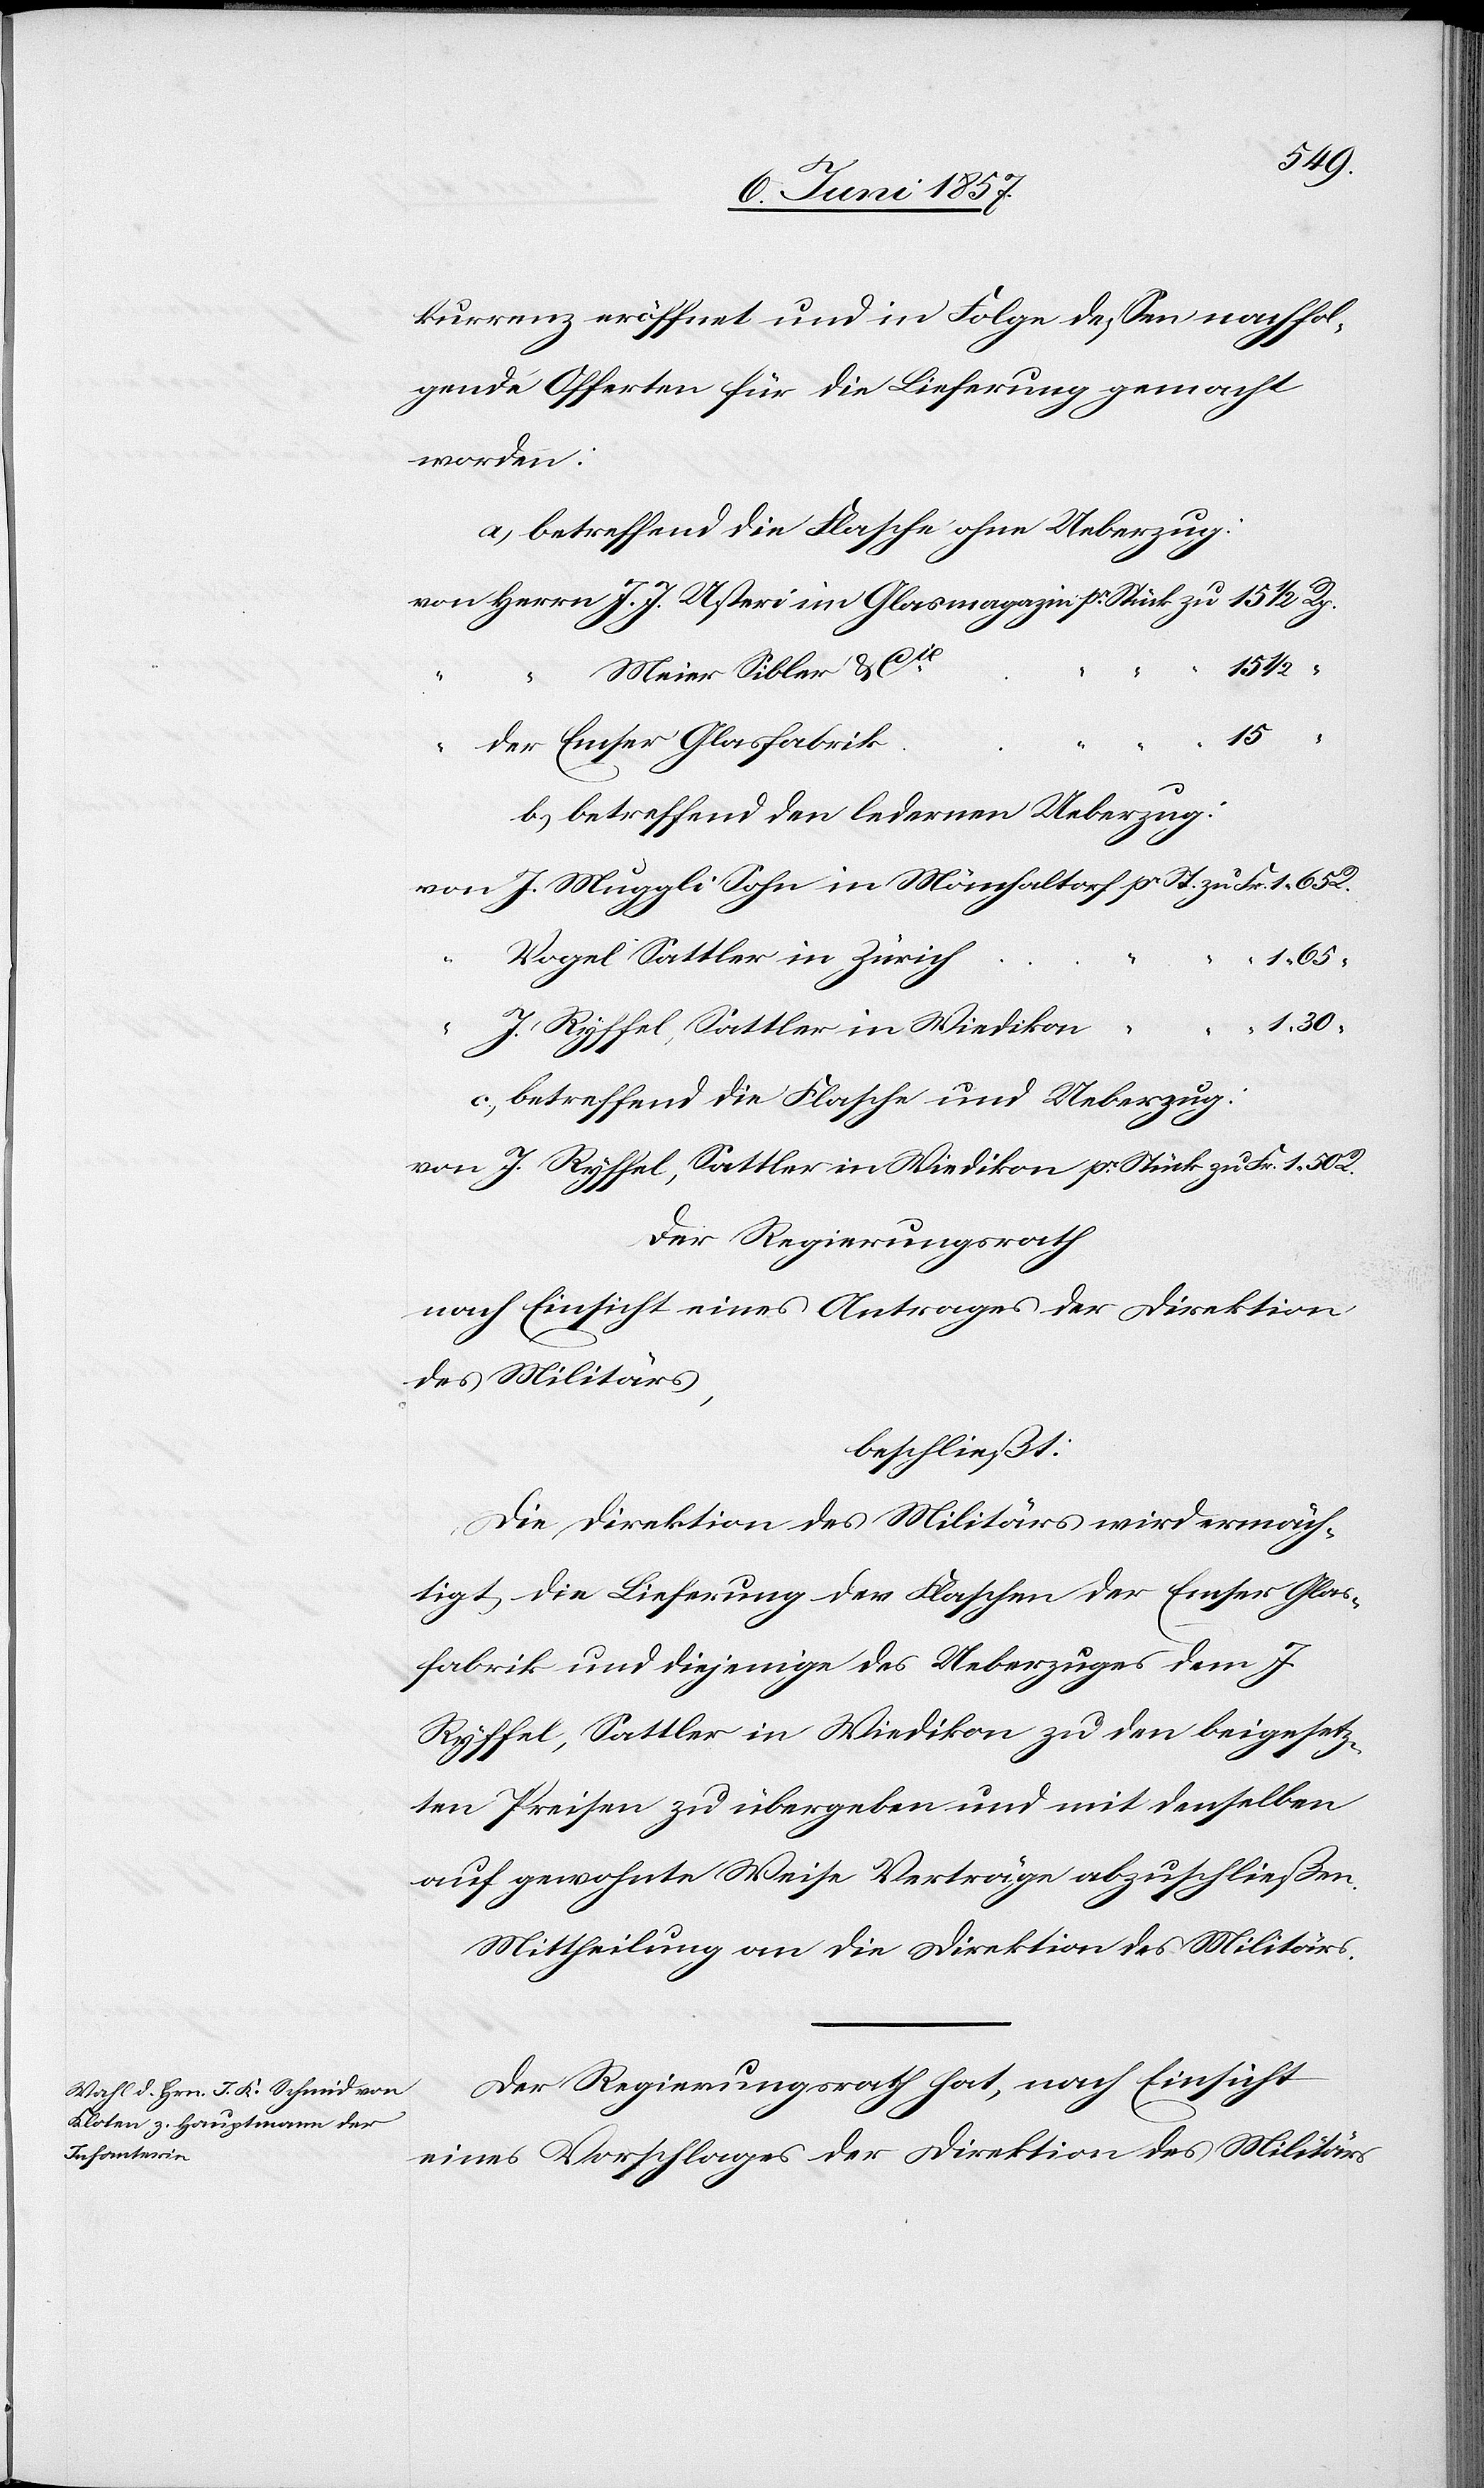
kurrenz eröffnet und in Folge dessen nachfol¬
gende Offerten für die Lieferung gemacht
worden:
a) betreffend die Flasche ohne Ueberzug:
Meier Sibler & Cie
zu
“ “
1.30
Fr. 1.65 R.
in
b.) betreffend den ledernen Ueberzug:
Vogel Sattler in Zürich
“
1.65
J. Ryffel, Sattler in Wiedikon
c.) betreffend die Flasche und Ueberzug:
von J. Ryffel, Sattler in Wiedikon pr. Stück zu Fr. 1. 50
Der Regierungsrath
nach Einsicht eines Antrages der Direktion
des Militärs,
beschließt:
Die Direktion des Militärs wird ermäch¬
tigt, die Lieferung der Flaschen der Emser Glas¬
fabrik und diejenige des Ueberzuges dem J.
Ryffel, Sattler in Wiedikon zu den beigesetz¬
ten Preisen zu übergeben und mit denselben
auf gewohnte Weise Verträge abzuschließen.
Mittheilung an die Direktion des Militärs.
Der Regierungsrath hat, nach Einsicht
eines Vorschlages der Direktion des Militärs